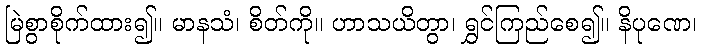
မြဲစွာစိုက်ထား၍။ မာနသံ၊ စိတ်ကို။ ဟာသယိတွာ၊ ရွှင်ကြည်စေ၍။ နိပုဏေ၊